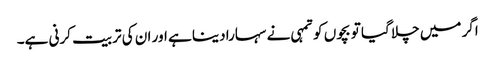
اگر میں چلا گیا تو بچوں کو تمہی نے سہارا دینا ہے اور ان کی تربیت کرنی ہے۔